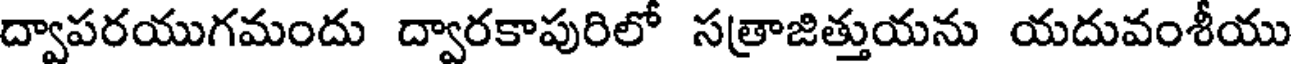
ద్వాపరయుగమందు ద్వారకాపురిలో సత్రాజిత్తుయను యదువంశీయు